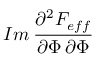
I m \: \frac { \partial ^ { 2 } { \cal F } _ { e f f } } { \partial \Phi \, \partial \Phi }